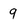
Character: 9